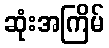
ဆုံးအကြိမ်